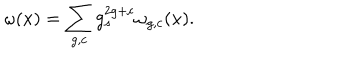
\omega ( x ) = \sum _ { g , c } g _ { s } ^ { 2 g + c } \omega _ { g , c } ( x ) .